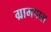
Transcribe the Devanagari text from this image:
ग्रामपाल